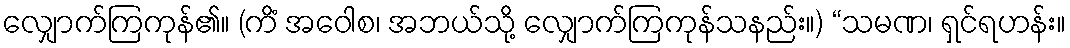
လျှောက်ကြကုန်၏။ (ကိံ အဝေါစ၊ အဘယ်သို့ လျှောက်ကြကုန်သနည်း။) “သမဏ၊ ရှင်ရဟန်း။